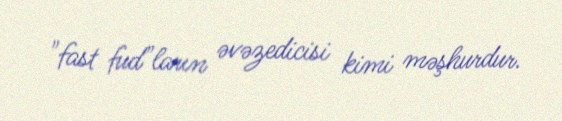
"fast fud"ların əvəzedicisi kimi məşhurdur.